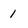
Character: 1